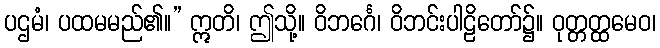
ပဌမံ၊ ပထမမည်၏။” ဣတိ၊ ဤသို့။ ဝိဘင်္ဂေ၊ ဝိဘင်းပါဠိတော်၌။ ဝုတ္တတ္ထမေဝ၊